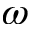
\omega